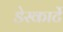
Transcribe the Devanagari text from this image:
डेस्कार्टे